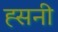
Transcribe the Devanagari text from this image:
ह्सनी